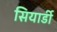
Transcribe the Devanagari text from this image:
सियार्डी